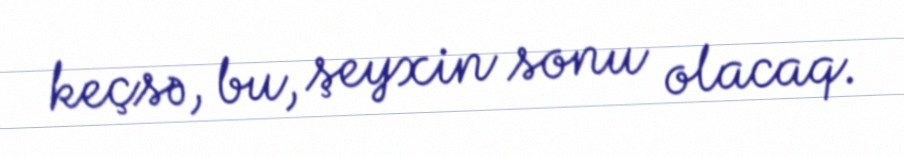
keçsə, bu, şeyxin sonu olacaq.